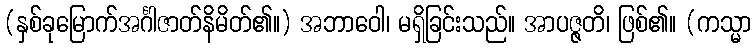
(နှစ်ခုမြောက်အင်္ဂါဇာတ်နိမိတ်၏။) အဘာဝေါ၊ မရှိခြင်းသည်။ အာပဇ္ဇတိ၊ ဖြစ်၏။ (ကသ္မာ